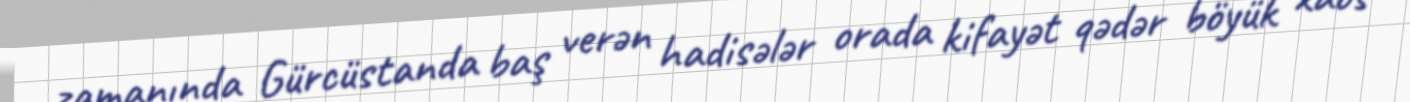
zamanında Gürcüstanda baş verən hadisələr orada kifayət qədər böyük xaos